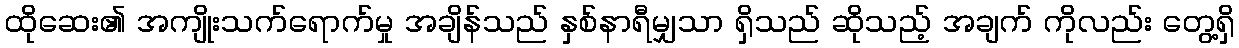
ထိုဆေး၏ အကျိုးသက်ရောက်မှု အချိန်သည် နှစ်နာရီမျှသာ ရှိသည် ဆိုသည့် အချက် ကိုလည်း တွေ့ရှိ